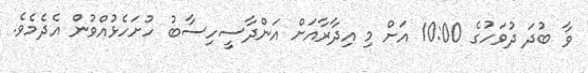
ވާ ބުދަ ދުވަހުގެ 10:00 އަށް މި އިދާރާއަށް އަންދާސީހިސާބު ހުށަހެޅުއްވުން އެދެމެވެ.